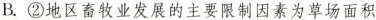
B.②地区畜牧业发展的主要限制因素为草场面积